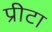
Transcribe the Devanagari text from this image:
प्रीटा